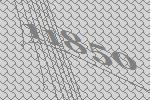
11850